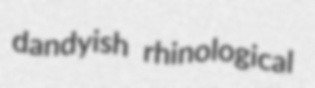
dandyish rhinological